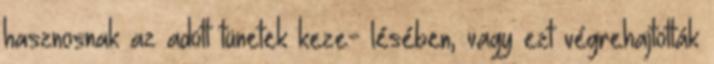
hasznosnak az adott tünetek keze- lésében, vagy ezt végrehajtották